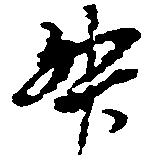
升